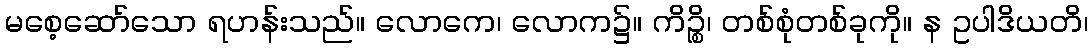
မစေ့ဆော်သော ရဟန်းသည်။ လောကေ၊ လောက၌။ ကိဉ္စိ၊ တစ်စုံတစ်ခုကို။ န ဥပါဒိယတိ၊